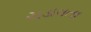
ચડાવતા